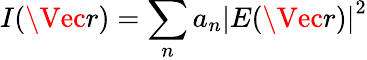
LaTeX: I(\Vec{r})=\underset{n}{\sum}{a}_{n}{\lvert E(\Vec{r})\rvert}^{2}